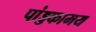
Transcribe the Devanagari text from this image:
पांड्डकामय